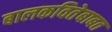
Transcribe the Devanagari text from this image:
बालकवितेबाबत